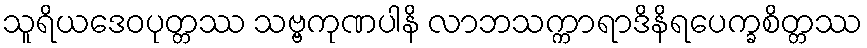
သူရိယဒေဝပုတ္တဿ သဗ္ဗကုဏပါနိ လာဘသက္ကာရာဒိနိရပေက္ခစိတ္တဿ